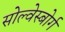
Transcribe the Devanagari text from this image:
सोल्वेस्बोर्ग